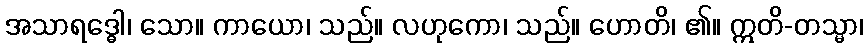
အသာရဒ္ဓေါ၊ သော။ ကာယော၊ သည်။ လဟုကော၊ သည်။ ဟောတိ၊ ၏။ ဣတိ-တသ္မာ၊